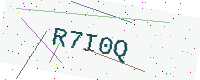
Text: R7I0Q